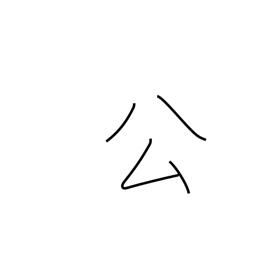
Meaning: governmental